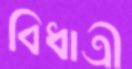
বিধাত্রী